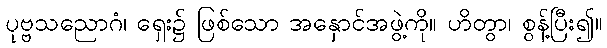
ပုဗ္ဗသညောဂံ၊ ရှေး၌ ဖြစ်သော အနှောင်အဖွဲ့ကို။ ဟိတွာ၊ စွန့်ပြီး၍။